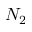
N _ { 2 }